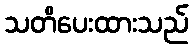
သတိပေးထားသည်